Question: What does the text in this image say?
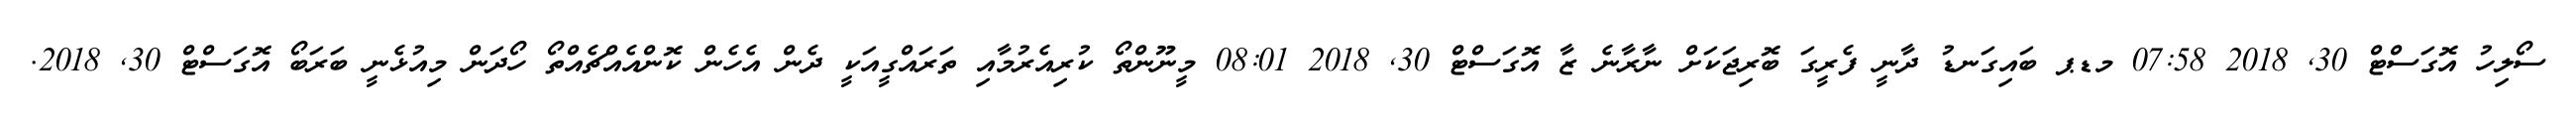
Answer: ސޯލިހު އޮގަސްޓް 30, 2018 07:58 މޑޕ ބައިގަނޑު ދާނީ ފެރީގަ ބޮރިޖަކަށް ނާރާނެ ޒާ އޮގަސްޓް 30, 2018 08:01 މީނޫންތޯ ކުރިއެރުމާއި ތަރައްގީއަކީ ދެން އެހެން ކޮންއެއްޗެއްތޯ ހޯދަން މިއުޅެނީ ބަރަބޯ އޮގަސްޓް 30, 2018.